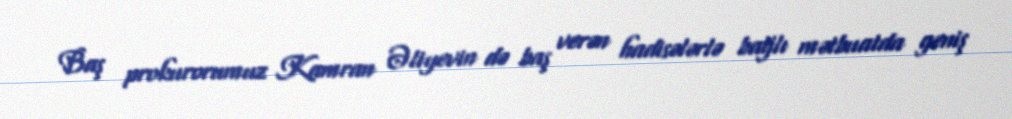
Baş prokurorumuz Kamran Əliyevin də baş verən hadisələrlə bağlı mətbuatda geniş